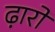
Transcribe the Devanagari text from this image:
ढ़ारो